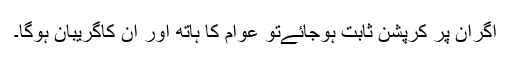
اگران پر کرپشن ثابت ہوجائےتو عوام کا ہاتھ اور ان کاگریبان ہوگا۔